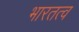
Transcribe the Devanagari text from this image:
भारतत्व